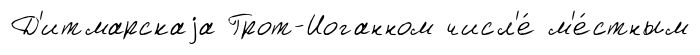
Д'итмарскаjа Грот-Иоганном числ'е́ м'е́стным